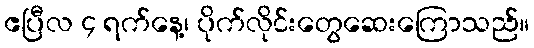
ဧပြီလ ၄ ရက်နေ့၊ ပိုက်လိုင်းတွေဆေးကြောသည်။